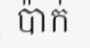
ប៉ាក់